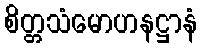
စိတ္တသံမောဟနဋ္ဌာနံ